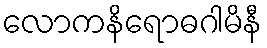
လောကနိရောဓဂါမိနီ